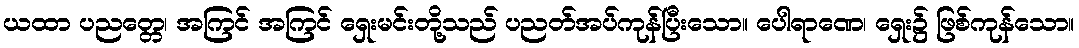
ယထာ ပညတ္တေ၊ အကြင် အကြင် ရှေးမင်းတို့သည် ပညတ်အပ်ကုန်ပြီးသော။ ပေါရာဏေ၊ ရှေး၌ ဖြစ်ကုန်သော။